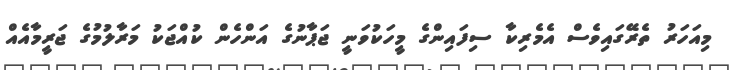
މިއަހަރު ތެރޭގައިވެސް އެމެރިކާ ސިފައިންގެ މީހަކުވަނީ ޖަޕާނުގެ އަންހެން ކުއްޖަކު މަރާލުމުގެ ޖަރީމާއެއް